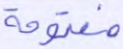
مفتوحة